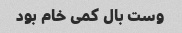
وست بال کمی خام بود